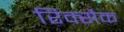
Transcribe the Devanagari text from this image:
रिक्सैक